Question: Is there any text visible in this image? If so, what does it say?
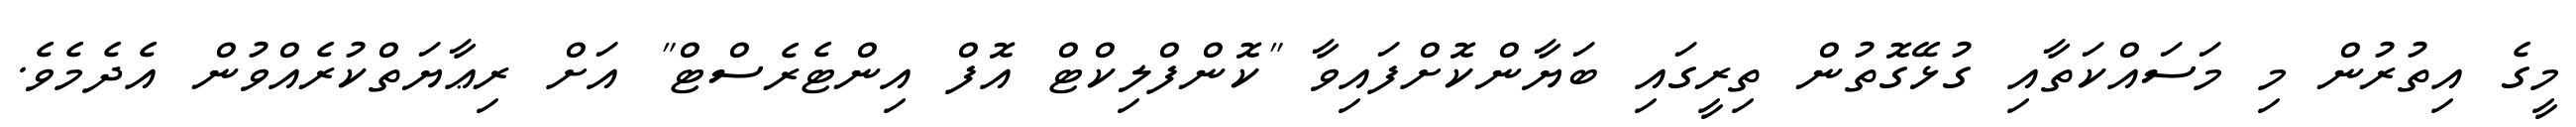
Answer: މީގެ އިތުރުން މި މަސައްކަތާއި ގުޅޭގޮތުން ތިރީގައި ބަޔާންކޮށްފައިވާ "ކޮންފްލިކްޓް އޮފް އިންޓެރެސްޓް" އަށް ރިޢާޔަތްކުރެއްވުން އެދެމެވެ.